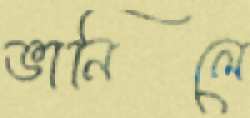
ভানিলে